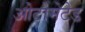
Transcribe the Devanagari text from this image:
ओटोमेटेड